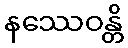
နဿေဝန္တိ